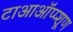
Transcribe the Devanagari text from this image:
टाआऑंप्प्शूण